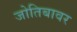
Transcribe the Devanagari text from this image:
जोतिबावर